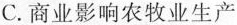
C. 商业影响农牧业生产